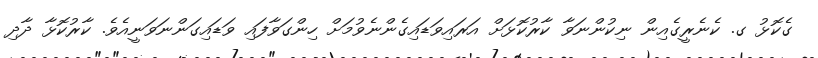
ގެކޮޅު ގ. ކެނެރީގެއިން ނިކުންނަވާ ކާރުކޮޅަށް އަރައިވަޑައިގެންނެވުމަށް ހިންގަވާފައި ވަޑައިގަންނަވަނީއެވެ. ކާރުކޮޅާ ދާދި